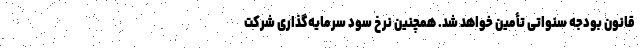
قانون بودجه سنواتی تأمین خواهد شد. همچنین نرخ سود سرمایه‌گذاری شرکت